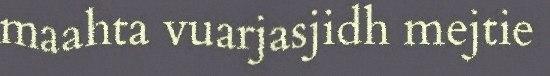
maahta vuarjasjidh mejtie